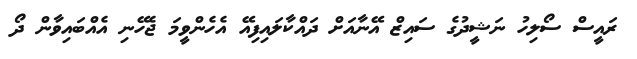
ރައީސް ސޯލިހު ނަޝީދުގެ ސައިޒް އޭނާއަށް ދައްކާލައިފިއޭ އެހެންވީމަ ޖެހޭނި އެއްބައިވާން ދޯ